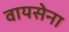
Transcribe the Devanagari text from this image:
वायसेना